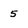
Character: 5